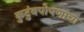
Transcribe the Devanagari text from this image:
कुटुंबपोषणाचा